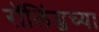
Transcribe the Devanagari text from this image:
रॉलिंग्जच्या